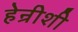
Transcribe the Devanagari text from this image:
हेन्रीशी